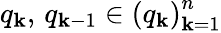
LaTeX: q_{\mathbf{k}},\, q_{\mathbf{k}-1}\in\left(q_{\mathbf{k}}\right)_{\mathbf{k}=1}^{n}